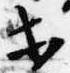
等